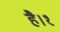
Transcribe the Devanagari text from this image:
है।१